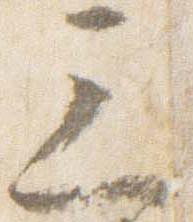
三